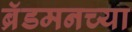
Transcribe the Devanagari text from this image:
ब्रॅडमनच्या